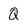
Character: Q